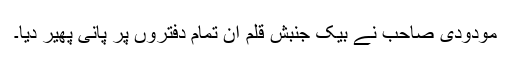
مودودی صاحب نے بیک جنبشِ قلم ان تمام دفتروں پر پانی پھیر دیا۔